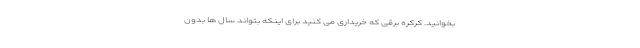
بخوانید. کرکره برقی که خریداری می کنید برای اینکه بتواند سال ها بدون